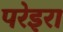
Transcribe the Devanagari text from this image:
परेइरा